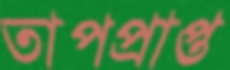
তাপপ্রাপ্ত